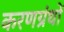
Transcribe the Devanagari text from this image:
करणग्रंथों